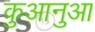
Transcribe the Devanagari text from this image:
कुआनुआ